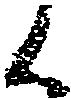
候